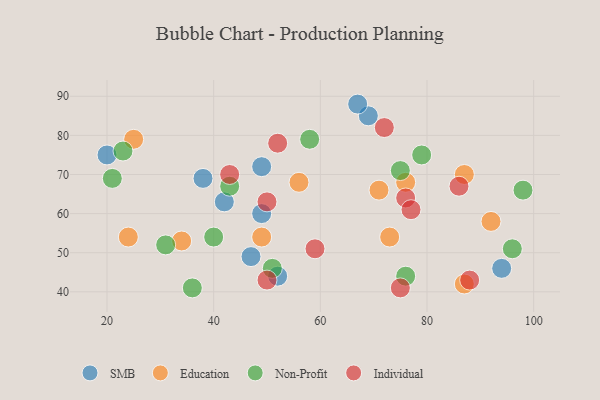
{"axis": {"x": "GDP", "y": "Life Expectancy"}, "legend": ["Education", "Individual", "Non-Profit", "SMB"], "data": [{"x": "49", "y": 60, "type": "SMB"}, {"x": "47", "y": 49, "type": "SMB"}, {"x": "38", "y": 69, "type": "SMB"}, {"x": "20", "y": 75, "type": "SMB"}, {"x": "49", "y": 72, "type": "SMB"}, {"x": "69", "y": 85, "type": "SMB"}, {"x": "94", "y": 46, "type": "SMB"}, {"x": "42", "y": 63, "type": "SMB"}, {"x": "52", "y": 44, "type": "SMB"}, {"x": "67", "y": 88, "type": "SMB"}, {"x": "34", "y": 53, "type": "Education"}, {"x": "87", "y": 70, "type": "Education"}, {"x": "25", "y": 79, "type": "Education"}, {"x": "92", "y": 58, "type": "Education"}, {"x": "71", "y": 66, "type": "Education"}, {"x": "56", "y": 68, "type": "Education"}, {"x": "49", "y": 54, "type": "Education"}, {"x": "76", "y": 68, "type": "Education"}, {"x": "87", "y": 42, "type": "Education"}, {"x": "73", "y": 54, "type": "Education"}, {"x": "24", "y": 54, "type": "Education"}, {"x": "76", "y": 44, "type": "Non-Profit"}, {"x": "58", "y": 79, "type": "Non-Profit"}, {"x": "96", "y": 51, "type": "Non-Profit"}, {"x": "36", "y": 41, "type": "Non-Profit"}, {"x": "23", "y": 76, "type": "Non-Profit"}, {"x": "40", "y": 54, "type": "Non-Profit"}, {"x": "21", "y": 69, "type": "Non-Profit"}, {"x": "43", "y": 67, "type": "Non-Profit"}, {"x": "79", "y": 75, "type": "Non-Profit"}, {"x": "75", "y": 71, "type": "Non-Profit"}, {"x": "98", "y": 66, "type": "Non-Profit"}, {"x": "51", "y": 46, "type": "Non-Profit"}, {"x": "31", "y": 52, "type": "Non-Profit"}, {"x": "72", "y": 82, "type": "Individual"}, {"x": "59", "y": 51, "type": "Individual"}, {"x": "86", "y": 67, "type": "Individual"}, {"x": "75", "y": 41, "type": "Individual"}, {"x": "76", "y": 64, "type": "Individual"}, {"x": "50", "y": 63, "type": "Individual"}, {"x": "88", "y": 43, "type": "Individual"}, {"x": "52", "y": 78, "type": "Individual"}, {"x": "77", "y": 61, "type": "Individual"}, {"x": "50", "y": 43, "type": "Individual"}, {"x": "43", "y": 70, "type": "Individual"}]}